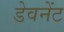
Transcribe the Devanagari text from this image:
डेवनेंट